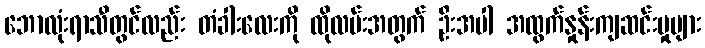
ဘောလုံးရာသီတွင်လည်း တံခါးလေးကို ထိုလမ်းအတွက် ဦးအပါ အထွက်နှုန်းကျဆင်းမှုများ